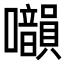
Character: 𡅙